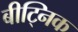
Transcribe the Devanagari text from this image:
बीट्निक